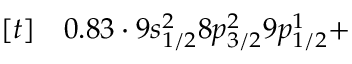
\begin{array} { r l } { [ t ] } & { { } 0 . 8 3 \cdot 9 s _ { 1 / 2 } ^ { 2 } 8 p _ { 3 / 2 } ^ { 2 } 9 p _ { 1 / 2 } ^ { 1 } + } \end{array}